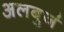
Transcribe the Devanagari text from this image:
अलबुर्ज